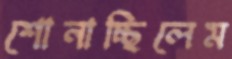
শোনাচ্ছিলেম